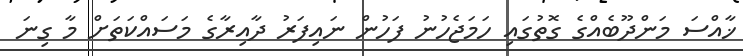
ޚާއްސަ މަންދޫބެއްގެ ގޮތުގައި ހަމަޖެހުނު ފަހުން ނައިފަރު ދާއިރާގެ މަސައްކަތަށް މާ ގިނަ